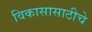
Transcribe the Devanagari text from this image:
विकासासाठीचे